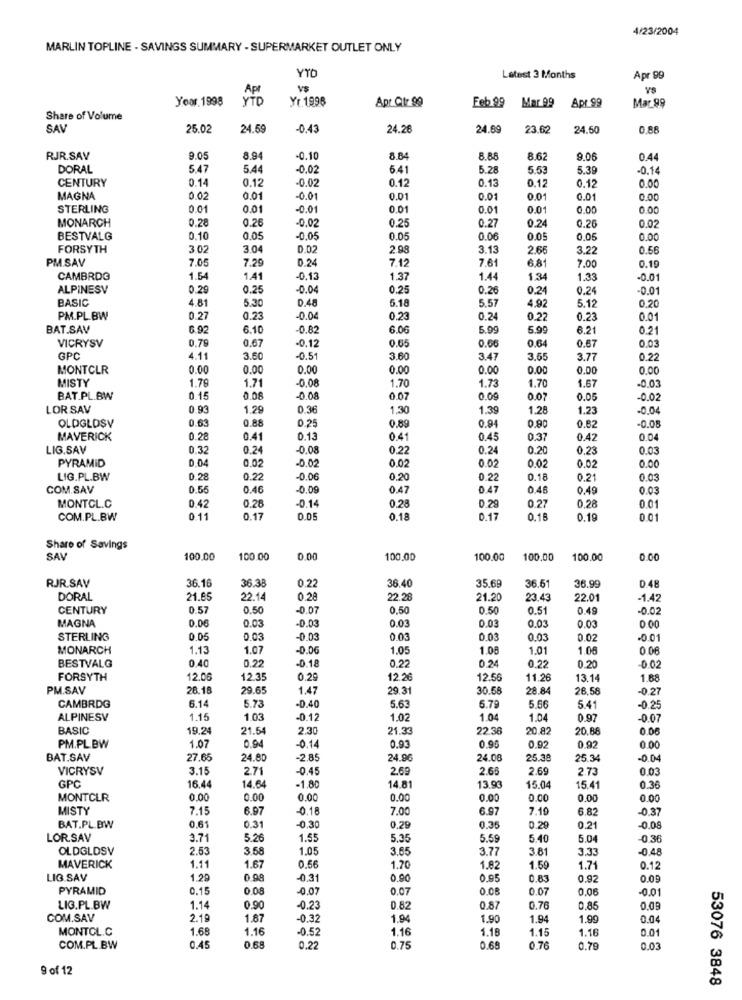
4/23/2004
MARLIN TOPLINE - SAVINGS SUMMARY - SUPERMARKET OUTLET ONLY
YT
Latest 3 Months
Apr 99
Apt
VS
Year. 1998
YTD
Yr.1996
Feb 99
Mar 99
Apr 99
Mar 99
Apr Qtr 99
Share of Volume
SAV
25.02
24.69
-0.43
24.26
24.89
23.62
24.50
0.88
RJR.SAV
3.05
8.94
-0.10
8.84
8.88
8.62
9.06
0.44
DORAL
5.47
5.44
-0.02
6.41
5.28
5.53
5.39
-0.14
CENTURY
0.14
0.12
-0.02
0.12
0.13
0.12
0.12
0.00
MAGNA
0.02
0.01
-0.01
0.01
0.01
0.01
0.01
0.00
STERLING
0.01
0.01
-0.01
0.01
0.01
0.01
0.00
0.00
0.28
0.26
-0.02
0.27
0.24
0.26
MONARCH
0.25
0.02
BESTVALG
0.10
0.05
-0.05
0.05
0.06
0.05
0,05
0.00
FORSYTH
302
3.04
D.02
2.98
3.13
2.66
3.22
0.56
PM.SAV
7.05
7.29
0 24
7.12
7.61
6,81
7.00
0.19
CAMBRDG
1.54
1.41
0.13
1.37
1.44
1 34
1.33
-0.01
ALPINESV
0.29
0.25
-0.04
0.25
0.26
0.24
0.24
-0.01
BASIC
4.81
5.30
0.48
5.18
5.57
4.92
5.12
0.20
PM.PL.BW
0.27
0.23
-0.04
0.23
0.24
0.22
0.23
0.01
BAT.SAV
6.92
6.10
-0.82
6.06
5.99
5.99
6.21
0.21
0.67
-0.12
0.65
VICRYSV
0.79
0.66
0.64
0.67
0.03
GPC
4.11
3.60
-0.51
3.60
3.47
3.55
3.77
0.22
MONTCLR
0.00
0.00
0.00
0.00
0.00
0.00
0.00
0.00
MISTY
1.79
1.7
-0.08
1.70
1.67
1.70
1.73
-0.03
BAT.PL.BW
0.15
0.06
0 08
0.07
0.09
0.07
0.05
-0.02
LORSAV
0.93
1.29
0.36
1,30
1.39
1.28
1.23
-0.04
0.63
0.88
0.25
OLDGLDSV
0.89
0.94
0,80
0.82
0.08
MAVERICK
0.28
0.41
0.13
0.41
0.45
0.37
0.42
0.04
LIG.SAV
0.32
0.24
-0.08
0.22
0.24
0.20
0.23
0.03
0.04
0,02
-0.02
0.02
PYRAMID
0.02
0.02
0.02
0.00
LIG.PL.BW
0.28
0.22
-0.06
0.20
0.22
0.18
0.21
0.03
COM.SAV
0.55
0.46
-0.09
0.47
0.47
0.46
0.49
0.03
-0.14
0.28
0.27
0.28
MONTCL.C
0.42
0.28
0.29
0.01
COM.PL.BW
0.11
0.17
0.05
0.18
0.17
0.18
0.19
0.01
Share of Savings
SAV
100.00
100.00
3.00
100.00
100.00
100.00
100.00
0.00
RJR.SAV
36.16
36.3
0.22
36.40
35.69
36.99
36.61
D 48
DORAL
21.65
22.1
0.28
22.28
21.20
23.43
22.01
-1.42
CENTURY
0.57
0.50
-0.07
0.50
0.50
0.51
0.49
-0.02
MAGNA
0.06
0.03
-0.03
0.03
0.03
0.03
0.03
0.00
STERLING
0.05
0.03
-0.03
0.03
0.03
0.03
0.02
-0.01
MONARCH
1.13
1.07
-0.06
1.05
1.08
1.01
1.06
0 0
BESTVALG
0.40
0.22
-0.18
0.22
0.24
0.22
0.20
-0.02
FORSYTH
12.06
12.3
0.29
12.26
12.56
11.26
13.14
1.68
PM.SAV
26.18
29.6
1.47
29.31
30.58
28.84
26.58
-0.27
6.14
0.40
CAMBRDG
5.73
5.63
5.79
5.66
5.41
-0.25
ALPINESV
1.15
1.03
-0.12
1.02
1.04
1.04
0.97
-0.07
BASIC
19.24
21.54
2.30
21.33
22.36
20.82
20.88
0.06
0.14
PM.PL.BW
1.07
0.94
0.93
0.95
0.92
0.92
0.00
BAT.SAV
27.65
24.80
-2.85
24.96
24.00
25.38
25.34
-0.04
VICRYSV
3.15
2.71
-0.45
2.69
2.65
2.69
2.73
0.03
14.64
GPC
16.4
-1.80
14.81
13.93
15.04
15.41
0.36
MONTCLR
0.00
0.00
0.00
0.00
0.00
0.00
0.00
0.00
MISTY
7.15
6.97
0.18
7.00
6.97
7.10
6.82
-0.37
BAT.PL.BW
0.61
0.31
-0,30
0.29
0.35
0.20
0.21
-0.08
LOR.SAV
3.71
5.26
1.55
5.35
5.59
5.40
5.04
-0.36
OLDGLDSV
2.53
3.58
1.05
3.65
3.77
3.81
3.33
-0.48
MAVERICK
1.11
1.67
0.56
1.70
1.82
1.59
1.71
0.12
LIG.SAV
1.29
0.98
-0,31
0.00
0.95
0.83
0.92
0.09
PYRAMID
0.15
0.08
-0.07
0.07
0.08
0.07
0.06
-0.01
LIG.PL.BW
1.14
0.90
0.23
0.82
0.87
0,76
0.85
0.09
COM.SAV
2.19
1.87
0.32
1.94
1.90
1.94
1.99
0.04
MONTOL.C
1.68
1.16
-0.52
1.16
1.16
1.15
1.16
0.01
COM.PL.BW
0.4
0.68
0.22
0.75
0.69
0.76
0.79
0.03
9 of 12
53076 3848